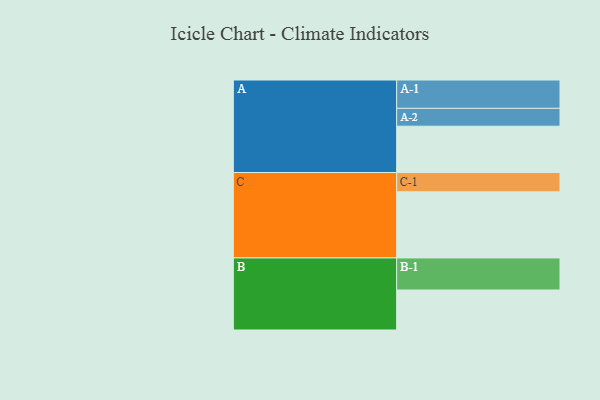
{"axis": {"x": "Segment", "y": "Value"}, "legend": ["", "A", "B", "C"], "data": [{"x": "A", "y": 410, "type": ""}, {"x": "B", "y": 354, "type": ""}, {"x": "C", "y": 585, "type": ""}, {"x": "A-1", "y": 251, "type": "A"}, {"x": "A-2", "y": 158, "type": "A"}, {"x": "B-1", "y": 284, "type": "B"}, {"x": "C-1", "y": 171, "type": "C"}]}